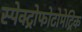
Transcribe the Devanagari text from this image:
स्पेक्ट्रोफोटोमेट्रिक